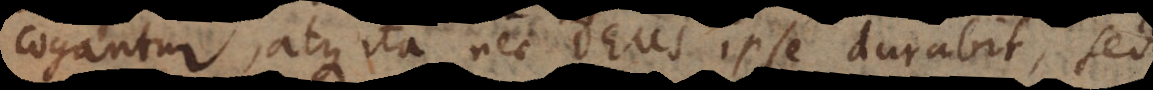
cogantur, atque ita nec Deus ipse durabit, sed